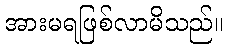
အားမရဖြစ်လာမိသည်။